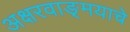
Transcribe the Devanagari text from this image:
अक्षरवाङ्‌मयाचे